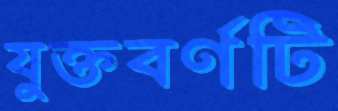
যুক্তবর্ণটি